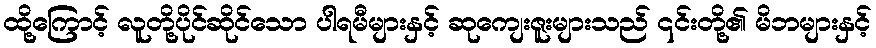
ထို့ကြောင့် လူတို့ပိုင်ဆိုင်သော ပါရမီများနှင့် ဆုကျေးဇူးများသည် ၎င်းတို့၏ မိဘများနှင့်